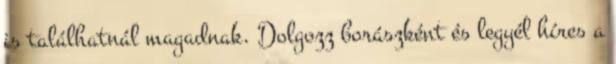
is találhatnál magadnak. Dolgozz borászként és legyél híres a